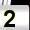
Digit: 2